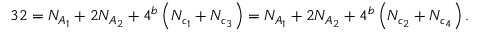
3 2 = N _ { A _ { 1 } } + 2 N _ { A _ { 2 } } + 4 ^ { b } \left( N _ { c _ { 1 } } + N _ { c _ { 3 } } \right) = N _ { A _ { 1 } } + 2 N _ { A _ { 2 } } + 4 ^ { b } \left( N _ { c _ { 2 } } + N _ { c _ { 4 } } \right) . \nonumber